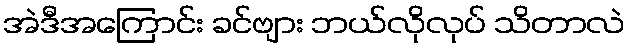
အဲဒီအကြောင်း ခင်ဗျား ဘယ်လိုလုပ် သိတာလဲ